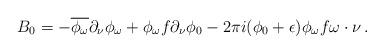
LaTeX: \begin{align*} B_0 =-\overline{\phi_{\omega}} \partial_\nu \phi_{\omega} + \phi_{\omega}f \partial_\nu \phi_{0} - 2\pi i (\phi_{0}+\epsilon)\phi_{\omega}f\omega\cdot\nu \,. \end{align*}